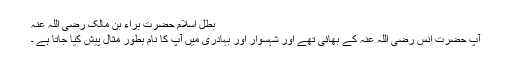
بطل اسلام حضرت براء بن مالک رضی اللہ عنہ​
آپ حضرت انس رضی اللہ عنہ کے بھائی تھے اور شہسوار اور بہادری میں آپ کا نام بطور مثال پیش کیا جاتا ہے ۔